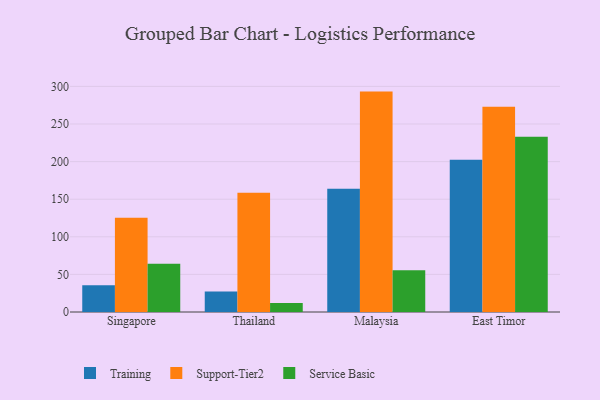
{"axis": {"x": "Country", "y": "Headcount"}, "legend": ["Service Basic", "Support-Tier2", "Training"], "data": [{"x": "Singapore", "y": 35.5, "type": "Training"}, {"x": "Singapore", "y": 125.3, "type": "Support-Tier2"}, {"x": "Singapore", "y": 64.0, "type": "Service Basic"}, {"x": "Thailand", "y": 27.4, "type": "Training"}, {"x": "Thailand", "y": 158.6, "type": "Support-Tier2"}, {"x": "Thailand", "y": 12.1, "type": "Service Basic"}, {"x": "Malaysia", "y": 164.0, "type": "Training"}, {"x": "Malaysia", "y": 293.1, "type": "Support-Tier2"}, {"x": "Malaysia", "y": 55.6, "type": "Service Basic"}, {"x": "East Timor", "y": 202.4, "type": "Training"}, {"x": "East Timor", "y": 272.9, "type": "Support-Tier2"}, {"x": "East Timor", "y": 232.9, "type": "Service Basic"}]}